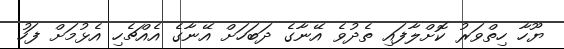
ޔޫހާ ހިތްވަރު ކޮށްލާފައި ތެދުވެ އޭނާގެ ދަބަހަށް އޭނާގެ އެއްޗެހި އެޅުމަށް ފަހު